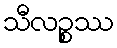
သီလဉ္စဿ